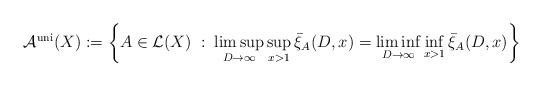
LaTeX: \begin{align*}\mathcal{A}^\mathrm{uni}(X) := \left\{ A \in \mathcal{L}(X) \;:\; \limsup_{D \rightarrow \infty} \sup_{x>1} \bar{\xi}_A(D,x) = \liminf_{D \rightarrow \infty} \inf_{x>1} \bar{\xi}_A(D,x) \right\}\end{align*}